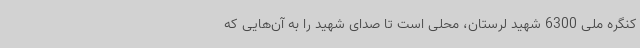
کنگره ملی 6300 شهید لرستان، محلی است تا صدای شهید را به آن‌هایی که